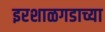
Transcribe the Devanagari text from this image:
इरशाळगडाच्या